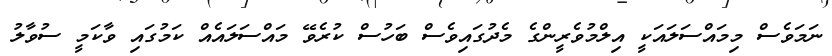
ނަމަވެސް މިމައްސަލައަކީ އިލްމުވެރީންގެ މެދުގައިވެސް ބަހުސް ކުރެވޭ މައްސަލައެއް ކަމުގައި ވާކަމީ ސުވާލު